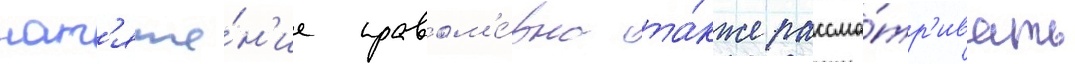
нат'яже́н'ие правом'е́рно та́кже рассма́тр'ивать